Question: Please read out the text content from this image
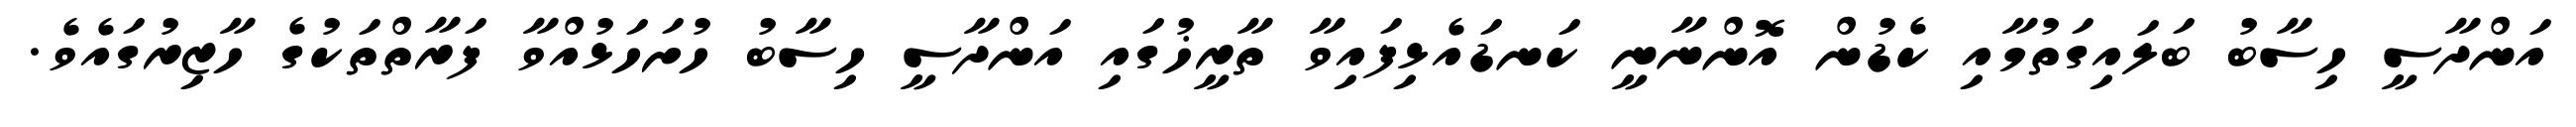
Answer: އަންދާސީ ހިސާބު ބަލައިގަތުމާއި ކެޑުން އޮންނާނީ ކަނޑައެޅިފައިވާ ތާރީޚުގައި އަންދާސީ ހިސާބު ހުށަހަޅުއްވާ ފަރާތްތަކުގެ ހާޒިރުގައެވެ.